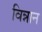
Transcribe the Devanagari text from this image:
विन्नान